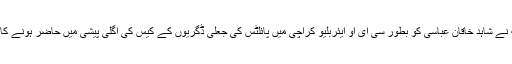
سپریم کورٹ نے شاہد خاقان عباسی کو بطور سی ای او ایئربلیو کراچی میں پائلٹس کی جعلی ڈگریوں کے کیس کی اگلی پیشی میں حاضر ہونے کا حکم دیا ہے۔